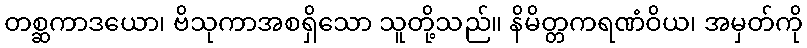
တစ္ဆကာဒယော၊ ဗိသုကာအစရှိသော သူတို့သည်။ နိမိတ္တကရဏံဝိယ၊ အမှတ်ကို